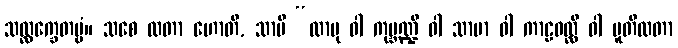
သလ္လက္ခေတဗ္ဗံ။ သစေ လတာ ဟောတိ, သာပိ “လာဗု ဝါ ကုမ္ဘဏ္ဍီ ဝါ သာမာ ဝါ ကာဠဝလ္လိ ဝါ ပူတိလတာ